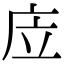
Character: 㡴